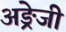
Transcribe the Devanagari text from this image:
अङ्रेजी